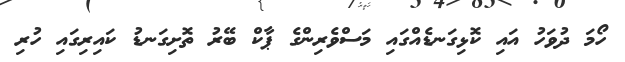
ހޯމަ ދުވަހު އައި ކޮޅިގަނޑެއްގައި މަސްވެރިންގެ ޕާކް ބޭރު ތޮށިގަނޑު ކައިރިގައި ހުރި